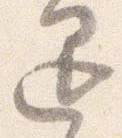
退